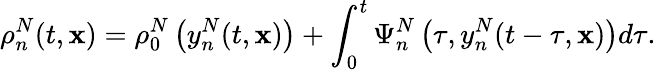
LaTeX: \rho_{n}^{N}(t,\mathbf{x})=\rho_{0}^{N}\left(y_{n}^{N}(t,\mathbf{x})\right)+\int_{0}^{t}\Psi_{n}^{N}\left(\tau,y_{n}^{N}(t-\tau,\mathbf{x})\right)d\tau.